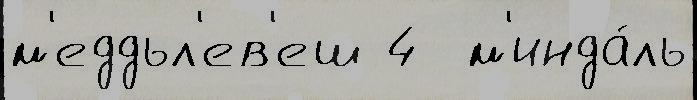
м'еддьл'ев'еш 4  м'инда́ль